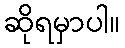
ဆိုရမှာပါ။